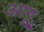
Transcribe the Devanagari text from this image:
आगू